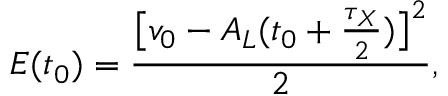
E ( t _ { 0 } ) = \frac { \big [ v _ { 0 } - A _ { L } ( t _ { 0 } + \frac { \tau _ { X } } { 2 } ) \big ] ^ { 2 } } { 2 } ,